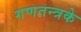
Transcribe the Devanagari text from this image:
गणतन्त्रके